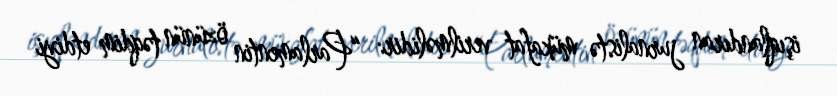
işıqlandıran jurnalistə mükafat verilməlidir: “Parlamentin özünün təqdim etdiyi